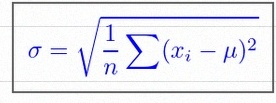
\sigma=\sqrt{\frac1n\sum(x_i-\mu)^2}